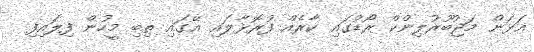
އަޅަން މަޖުބޫރުލިންކް ރޯޑުގައި ކާރެއް ފުރޮޅާލައި އޭގައި ތިބި މީހުން ފިލައިފި